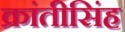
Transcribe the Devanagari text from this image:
क्रांतीसिंह